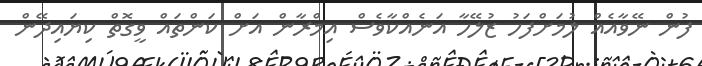
ފުން ނޭވާއެއް ލުމަށްފަހު ޒުލޭހާ އަނެއްކާވެސް އިމްރާން އަށް ކަންތައް ވީގޮތް ކިޔައިދޭން